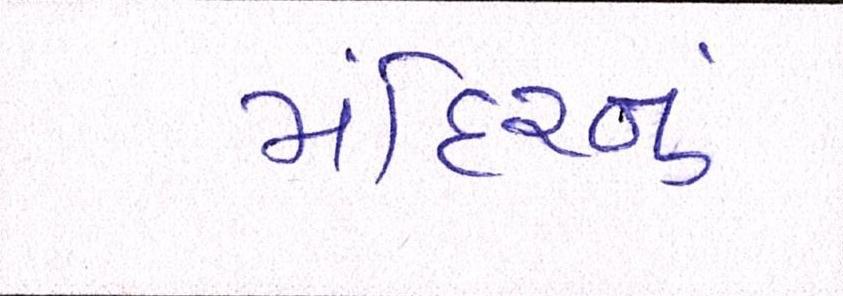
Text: મંદિરનું